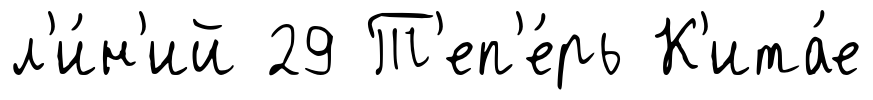
л'и́н'ий 29 Т'еп'е́рь К'ита́е